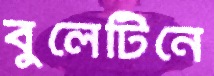
বুলেটিনে